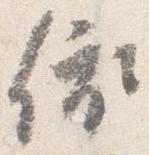
依